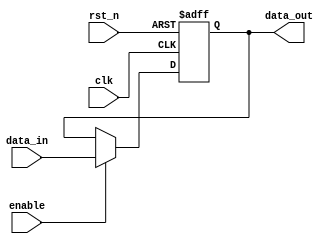
module InputRegister #(
    parameter WIDTH = 8  // Parameter to specify the bit width of the register
)(
    input wire clk,          // Clock signal
    input wire rst_n,       // Asynchronous active-low reset signal
    input wire enable,      // Enable signal
    input wire [WIDTH-1:0] data_in,  // Input data signals
    output reg [WIDTH-1:0] data_out   // Output data signals
);

// Sequential logic for the Input Register
always @(posedge clk or negedge rst_n) begin
    if (!rst_n) begin
        // Asynchronous reset to zero
        data_out <= {WIDTH{1'b0}}; // Initialize to 0
    end else if (enable) begin
        // Capture input data on the clock edge if enabled
        data_out <= data_in;
    end
    // If not enabled, data_out retains its previous value
end

endmodule